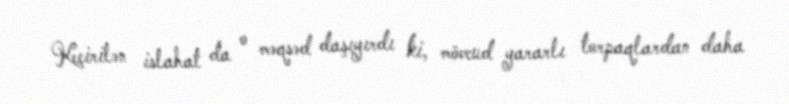
Keçirilən islahat da o məqsəd daşıyırdı ki, mövcud yararlı torpaqlardan daha